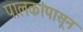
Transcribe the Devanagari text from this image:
पालकांपासून